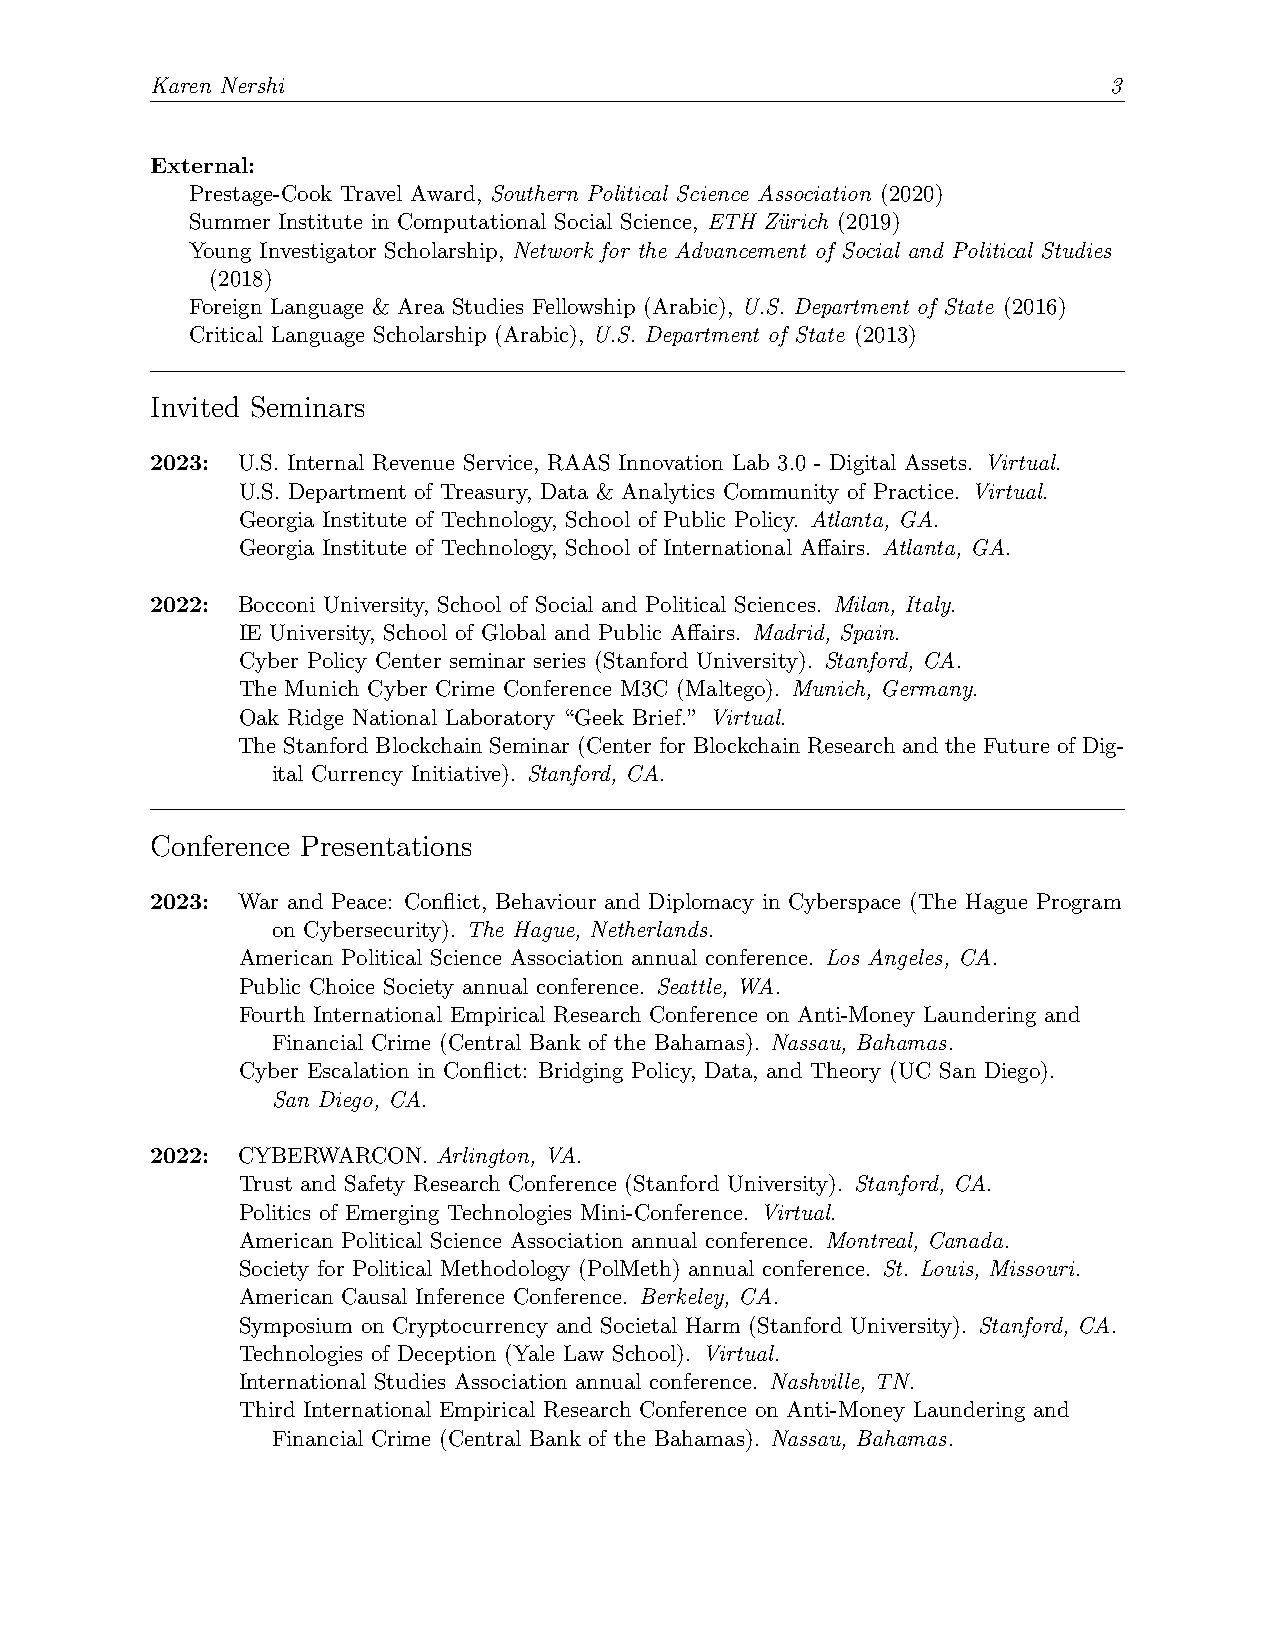
Karen Nershi                                                    3
 External:
 Prestage-Cook Travel Award, Southern Political Science Association (2020)
 Summer Institute in Computational Social Science, ETH Zu¨rich (2019)
 Young Investigator Scholarship, Network for the Advancement of Social and Political Studies
 (2018)
 Foreign Language & Area Studies Fellowship (Arabic), U.S. Department of State (2016)
 Critical Language Scholarship (Arabic), U.S. Department of State (2013)
 Invited Seminars
 2023: U.S. Internal Revenue Service, RAAS Innovation Lab 3.0 - Digital Assets. Virtual.
 U.S. Department of Treasury, Data & Analytics Community of Practice. Virtual.
 Georgia Institute of Technology, School of Public Policy. Atlanta, GA.
 Georgia Institute of Technology, School of International Affairs. Atlanta, GA.
 2022: Bocconi University, School of Social and Political Sciences. Milan, Italy.
 IE University, School of Global and Public Affairs. Madrid, Spain.
 Cyber Policy Center seminar series (Stanford University). Stanford, CA.
 The Munich Cyber Crime Conference M3C (Maltego). Munich, Germany.
 Oak Ridge National Laboratory “Geek Brief.” Virtual.
 The Stanford Blockchain Seminar (Center for Blockchain Research and the Future of Dig-
 ital Currency Initiative). Stanford, CA.
 Conference Presentations
 2023: War and Peace: Conflict, Behaviour and Diplomacy in Cyberspace (The Hague Program
 on Cybersecurity). The Hague, Netherlands.
 American Political Science Association annual conference. Los Angeles, CA.
 Public Choice Society annual conference. Seattle, WA.
 Fourth International Empirical Research Conference on Anti-Money Laundering and
 Financial Crime (Central Bank of the Bahamas). Nassau, Bahamas.
 Cyber Escalation in Conflict: Bridging Policy, Data, and Theory (UC San Diego).
 San Diego, CA.
 2022: CYBERWARCON. Arlington, VA.
 Trust and Safety Research Conference (Stanford University). Stanford, CA.
 Politics of Emerging Technologies Mini-Conference. Virtual.
 American Political Science Association annual conference. Montreal, Canada.
 Society for Political Methodology (PolMeth) annual conference. St. Louis, Missouri.
 American Causal Inference Conference. Berkeley, CA.
 Symposium on Cryptocurrency and Societal Harm (Stanford University). Stanford, CA.
 Technologies of Deception (Yale Law School). Virtual.
 International Studies Association annual conference. Nashville, TN.
 Third International Empirical Research Conference on Anti-Money Laundering and
 Financial Crime (Central Bank of the Bahamas). Nassau, Bahamas.